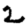
Digit: 2